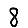
Digit: 8